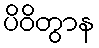
ပိဝိတွာန